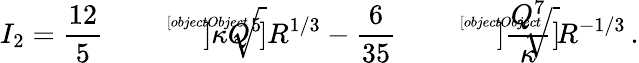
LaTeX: I_{2}=\frac{12}{5}\sqrt[[objectObject]]]{\kappa Q^{5}}\, R^{1/3}-\frac{6}{35}\sqrt[[objectObject]]]{\frac{Q^{7}}{\kappa}}\, R^{-1/3}\, .